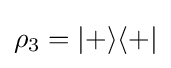
\rho _{3}=|+\rangle \langle +|